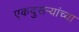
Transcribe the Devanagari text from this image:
एकदुसऱ्यांच्या